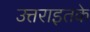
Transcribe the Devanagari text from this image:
उत्तराइतके